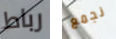
رباط نجمع